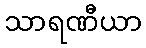
သာရဏီယာ